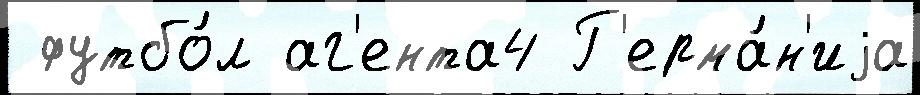
 футбо́л аг'ента4 Г'ерма́н'иjа